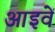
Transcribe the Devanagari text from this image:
आइवें